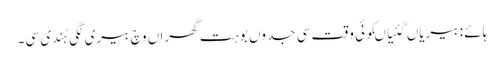
ہائے : بیریاں گئیاںکوئی وقت سی جدوں بوہت گھراں وچ بیری لگی ہُندی سی۔